Civil Veterinary Dept. Bombay admin report 1923-31 - 1923-1931
Year: 1923
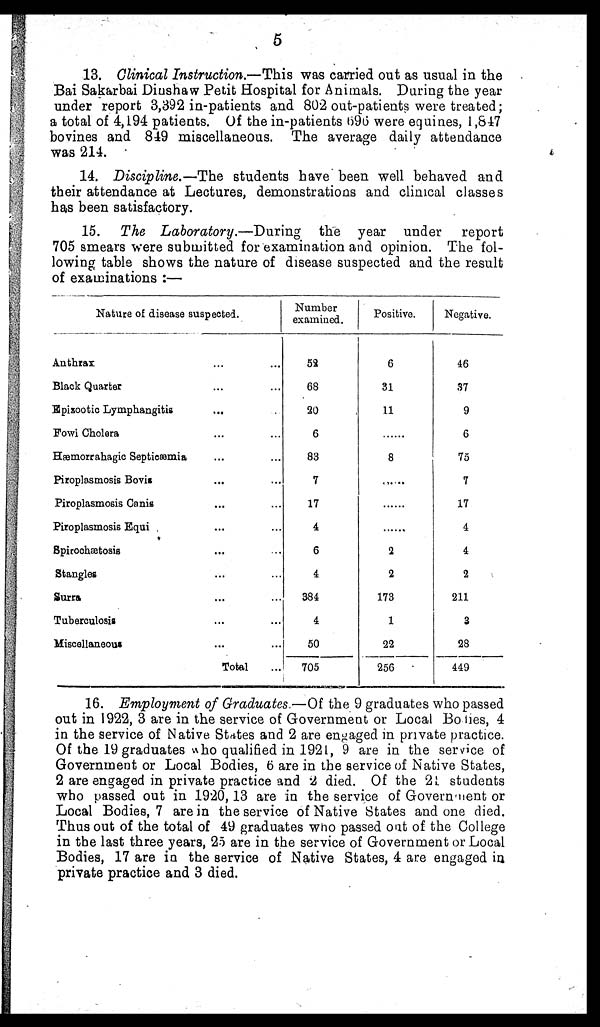
5
13. Clinical Instruction.—This was carried out as usual in the
Bai Sakarbai Dinshaw Petit Hospital for Animals. During the year
under report 3,392 in-patients and 802 out-patients were treated ;
a total of 4,194 patients. Of the in-patients 696 were equines, 1,847
bovines and 849 miscellaneous. The average daily attendance
was 214.
14. Discipline.—The students have been well behaved and
their attendance at Lectures, demonstrations and clinical classes
has been satisfactory.
15. The Laboratory.—During
the year under report
705 smears were submitted for examination and opinion. The fol-
lowing table shows the nature of disease suspected and the result
of examinations :—
Nature of disease suspected.
Anthrax
Black Quartet
Epizootic Lymphangitis
Fowl Cholera
Hæmorrahagic Septicæmia
Piroplasmosis Bovis
Piroplasmosis Canis
Piroplasmosis Equi
Spirochætosis
Stangles
Surra
Tuberculosis
Miscellaneous
...
...
...
...
...
...
...
...
...
...
...
...
...
Total
...
...
...
...
...
...
...
...
...
...
...
...
...
...
Number
examined.
52
68
20
6
83
7
17
4
6
4
384
4
50
705
Positive.
6
31
11
......
8
......
......
......
2
2
173
1
22
256
Negative.
46
37
9
6
75
7
17
4
4
2
211
3
28
449
16. Employment of Graduates.—Of the 9 graduates who passed
out in 1922, 3 are in the service of Government or Local Bodies, 4
in the service of Native States and 2 are engaged in private practice.
Of the 19 graduates who qualified in 1921, 9 are in the service of
Government or Local Bodies, 6 are in the service of Native States,
2 are engaged in private practice and 2 died. Of the 21 students
who passed out in 1920, 13 are in the service of Government or
Local Bodies, 7 are in the service of Native States and one died.
Thus out of the total of 49 graduates who passed oat of the College
in the last three years, 25 are in the service of Government or Local
Bodies, 17 are in the service of Native States, 4 are engaged in
private practice and 3 died.